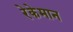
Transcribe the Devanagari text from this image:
रेकेमान